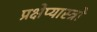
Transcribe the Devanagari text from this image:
प्रक्षेप्यास्त्रों